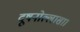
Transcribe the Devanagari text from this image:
दूषनोल्लासा।